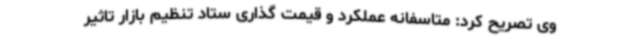
وی تصریح کرد: متاسفانه عملکرد و قیمت گذاری ستاد تنظیم بازار تاثیر